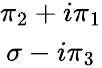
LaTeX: \begin{array}{c}{{\pi_{2}+i\pi_{1}}}\\ {{\sigma-i\pi_{3}}}\end{array}